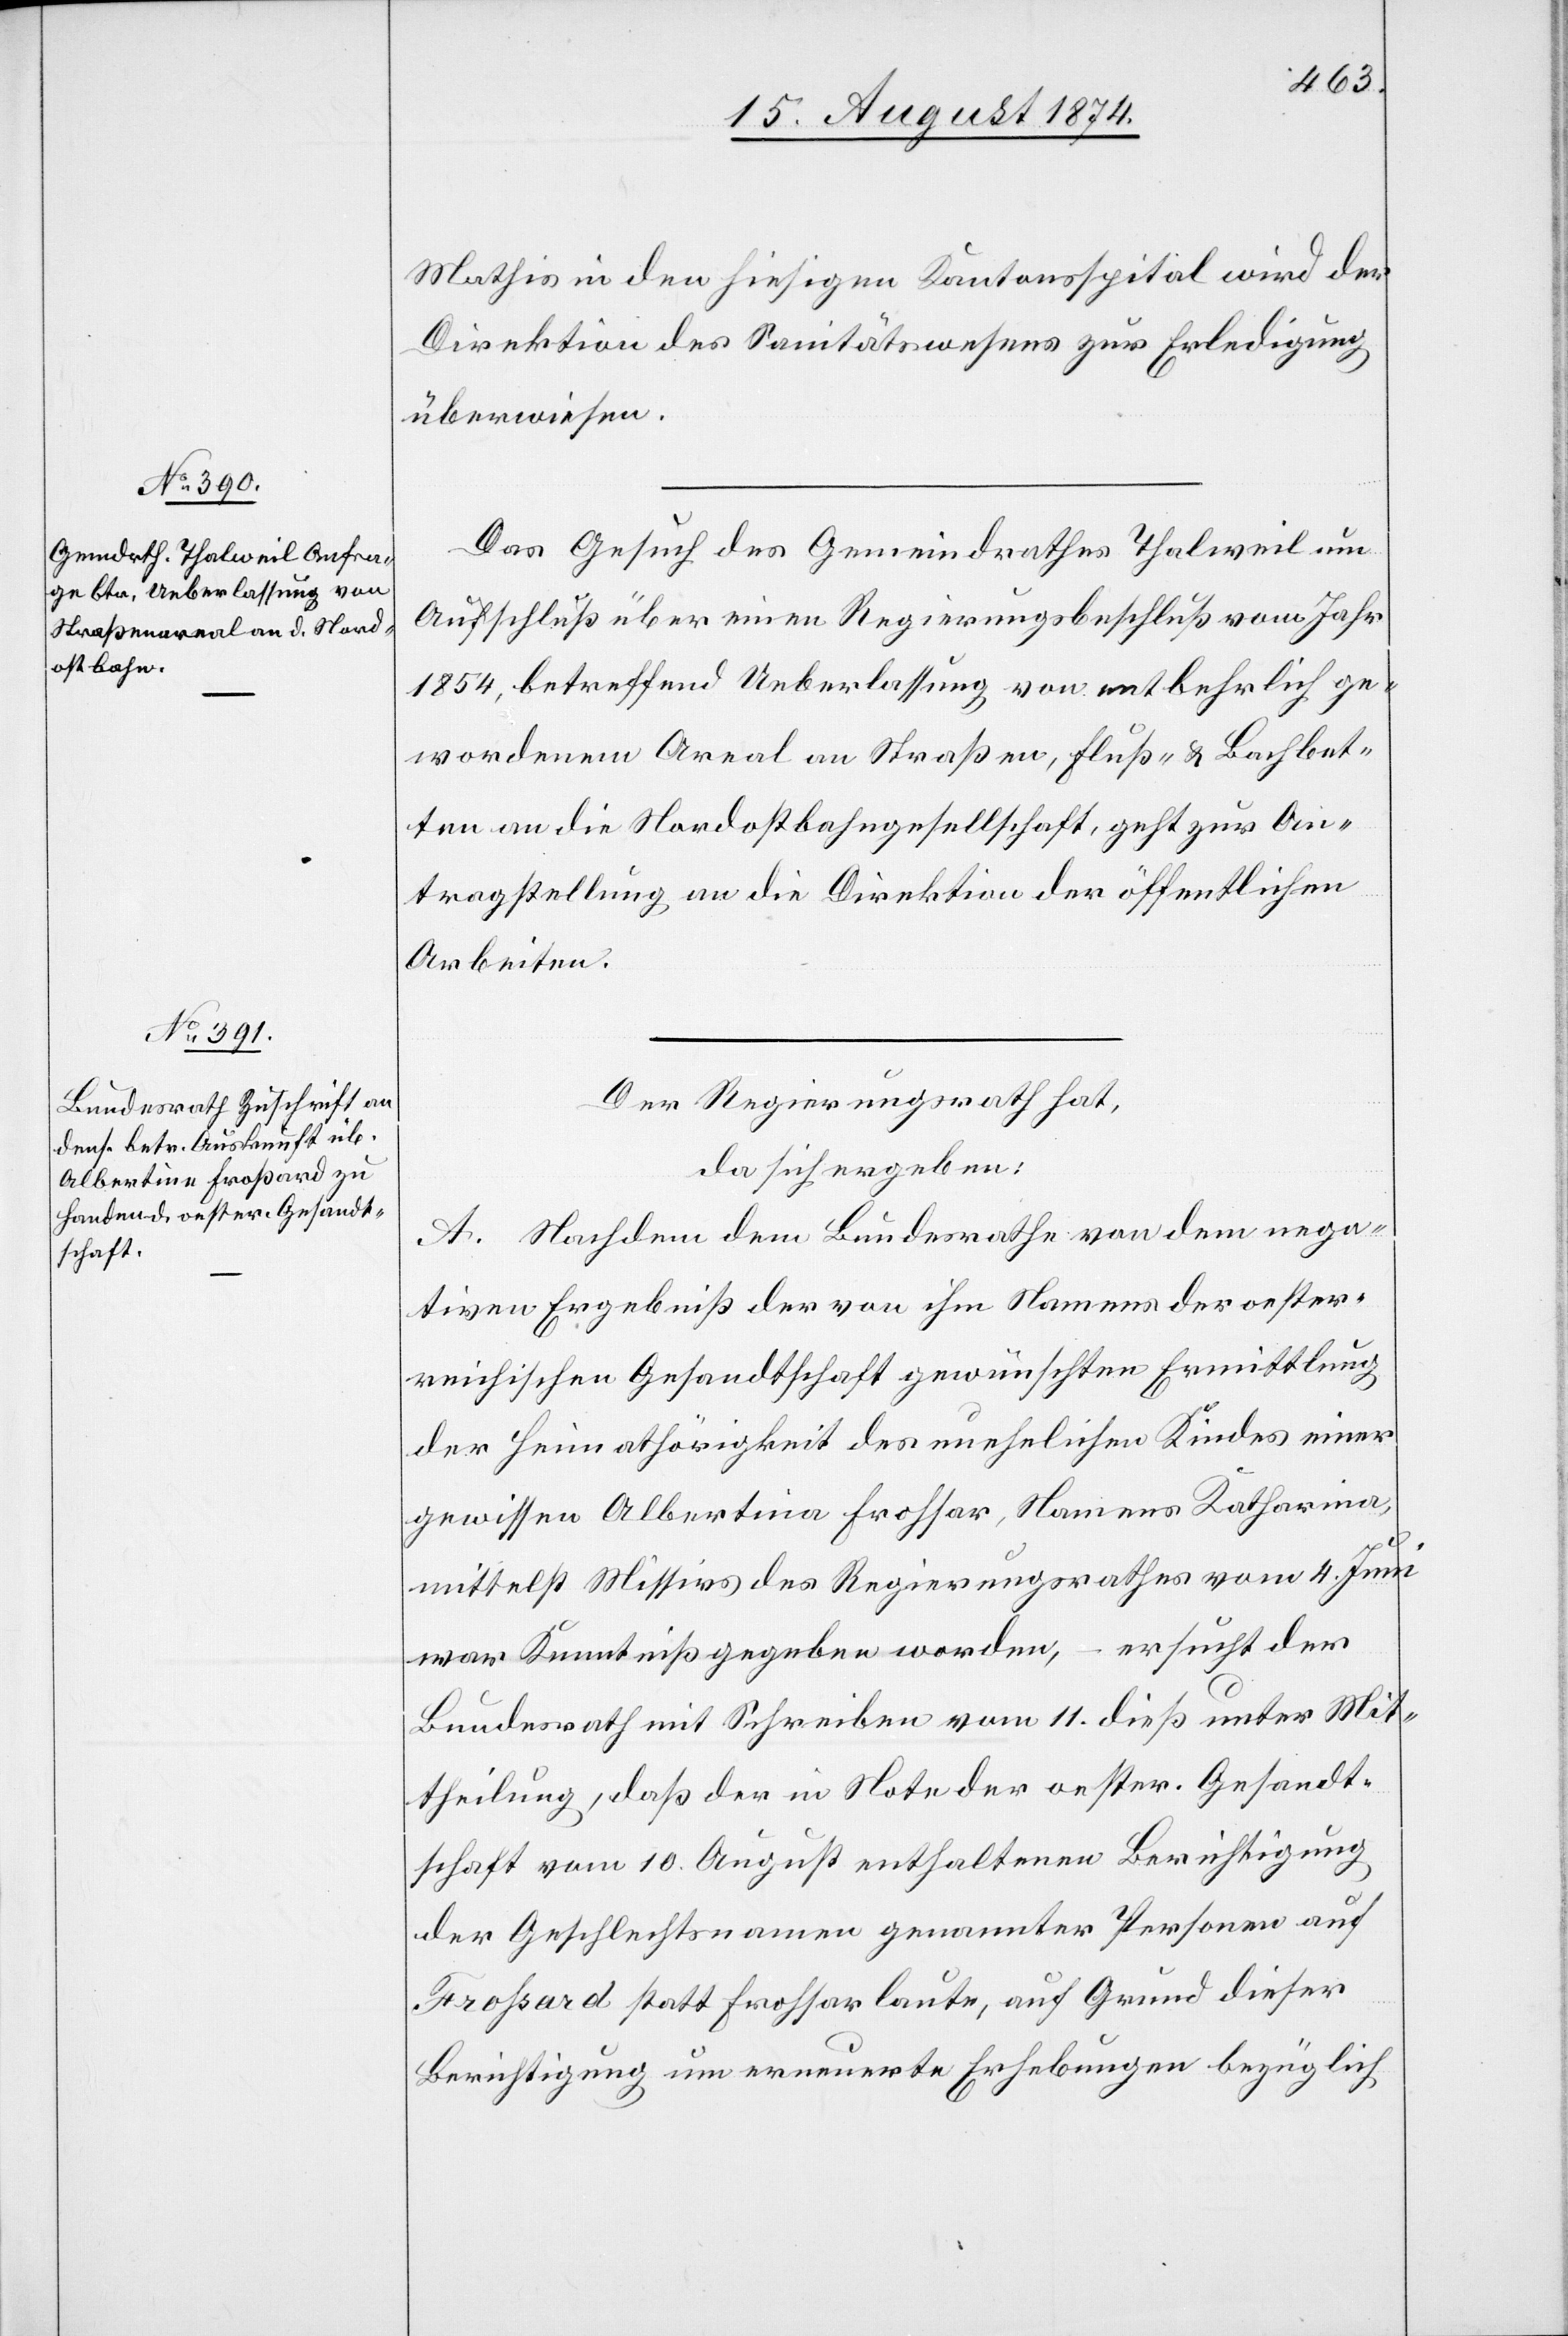
18. August 1874.]
Mathis in den hiesigen Kantonsspital wird der
Direktion des Sanitätswesens zur Erledigung
überwiesen.
Das Gesuch des Gemeindrathes Thalweil um
Aufschluß über einen Regierungsbeschluß vom Jahr
1854, betreffend Ueberlassung von entbehrlich ge¬
wordenem Areal an Straßen, Fluß- u. Bachbet¬
ten an die Nordostbahngesellschaft, geht zur An¬
tragstellung an die Direktion der öffentlichen
Arbeiten.
Der Regierungsrath hat,
da sich ergeben:
A. Nachdem dem Bundesrathe von dem nega¬
tiven Ergebniß der von ihm Namens der oester¬
reichischen Gesandtschaft gewünschten Ermittlung
der Heimathörigkeit des unehelichen Kindes einer
gewissen Albertina Frohsar, Namens Katharina,
mittelst Missivs des Regierungsrathes vom 4. Juni
war Kenntniß gegeben worden, – ersucht der
Bundesrath mit Schreiben vom 11. dieß unter Mit¬
theilung, daß der in Note der oester. Gesandt¬
schaft vom 10. August enthaltenen Berichtigung
der Geschlechtsnamen genannter Personen auf
Froßard statt Frohsar laute, auf Grund dieser
Berichtigung um erneuerte Erhebungen bezüglich